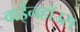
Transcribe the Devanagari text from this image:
वाईनहॉउस